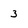
Character: 3